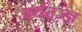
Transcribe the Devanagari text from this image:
अर्थत़ज्ज्ञ